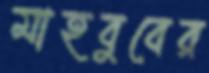
মাহবুবের